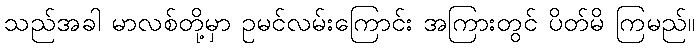
သည်အခါ မာလစ်တို့မှာ ဥမင်လမ်းကြောင်း အကြားတွင် ပိတ်မိ ကြမည်။